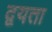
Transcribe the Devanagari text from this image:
द्वयता